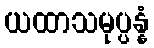
ယထာသမုပ္ပန္နံ